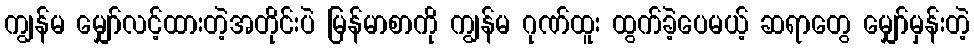
ကျွန်မ မျှော်လင့်ထားတဲ့အတိုင်းပဲ မြန်မာစာကို ကျွန်မ ဂုဏ်ထူး ထွက်ခဲ့ပေမယ့် ဆရာတွေ မျှော်မှန်းတဲ့